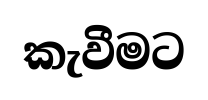
කැවීමට